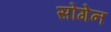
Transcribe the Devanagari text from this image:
सोगेन